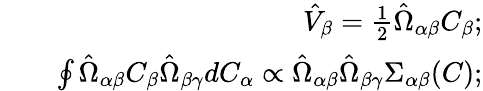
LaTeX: \begin{array}{rlr}&{}&{\hat{V}_{\beta}=\frac{1}{2}\hat{\Omega}_{\alpha\beta}C_{\beta};}\\ &{}&{\oint\hat{\Omega}_{\alpha\beta}C_{\beta}\hat{\Omega}_{\beta\gamma}dC_{\alpha}\propto\hat{\Omega}_{\alpha\beta}\hat{\Omega}_{\beta\gamma}\Sigma_{\alpha\beta}(C);}\end{array}